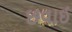
છવાઈ